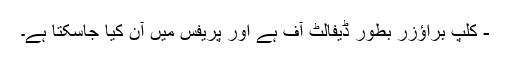
- کلپ براؤزر بطور ڈیفالٹ آف ہے اور پریفس میں آن کیا جاسکتا ہے۔